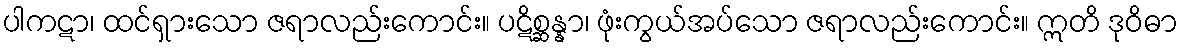
ပါကဋာ၊ ထင်ရှားသော ဇရာလည်းကောင်း။ ပဋိစ္ဆန္နာ၊ ဖုံးကွယ်အပ်သော ဇရာလည်းကောင်း။ ဣတိ ဒုဝိဓာ